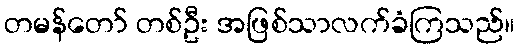
တမန်တော် တစ်ဦး အဖြစ်သာလက်ခံကြသည်။